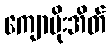
ကျောပိုးအိတ်